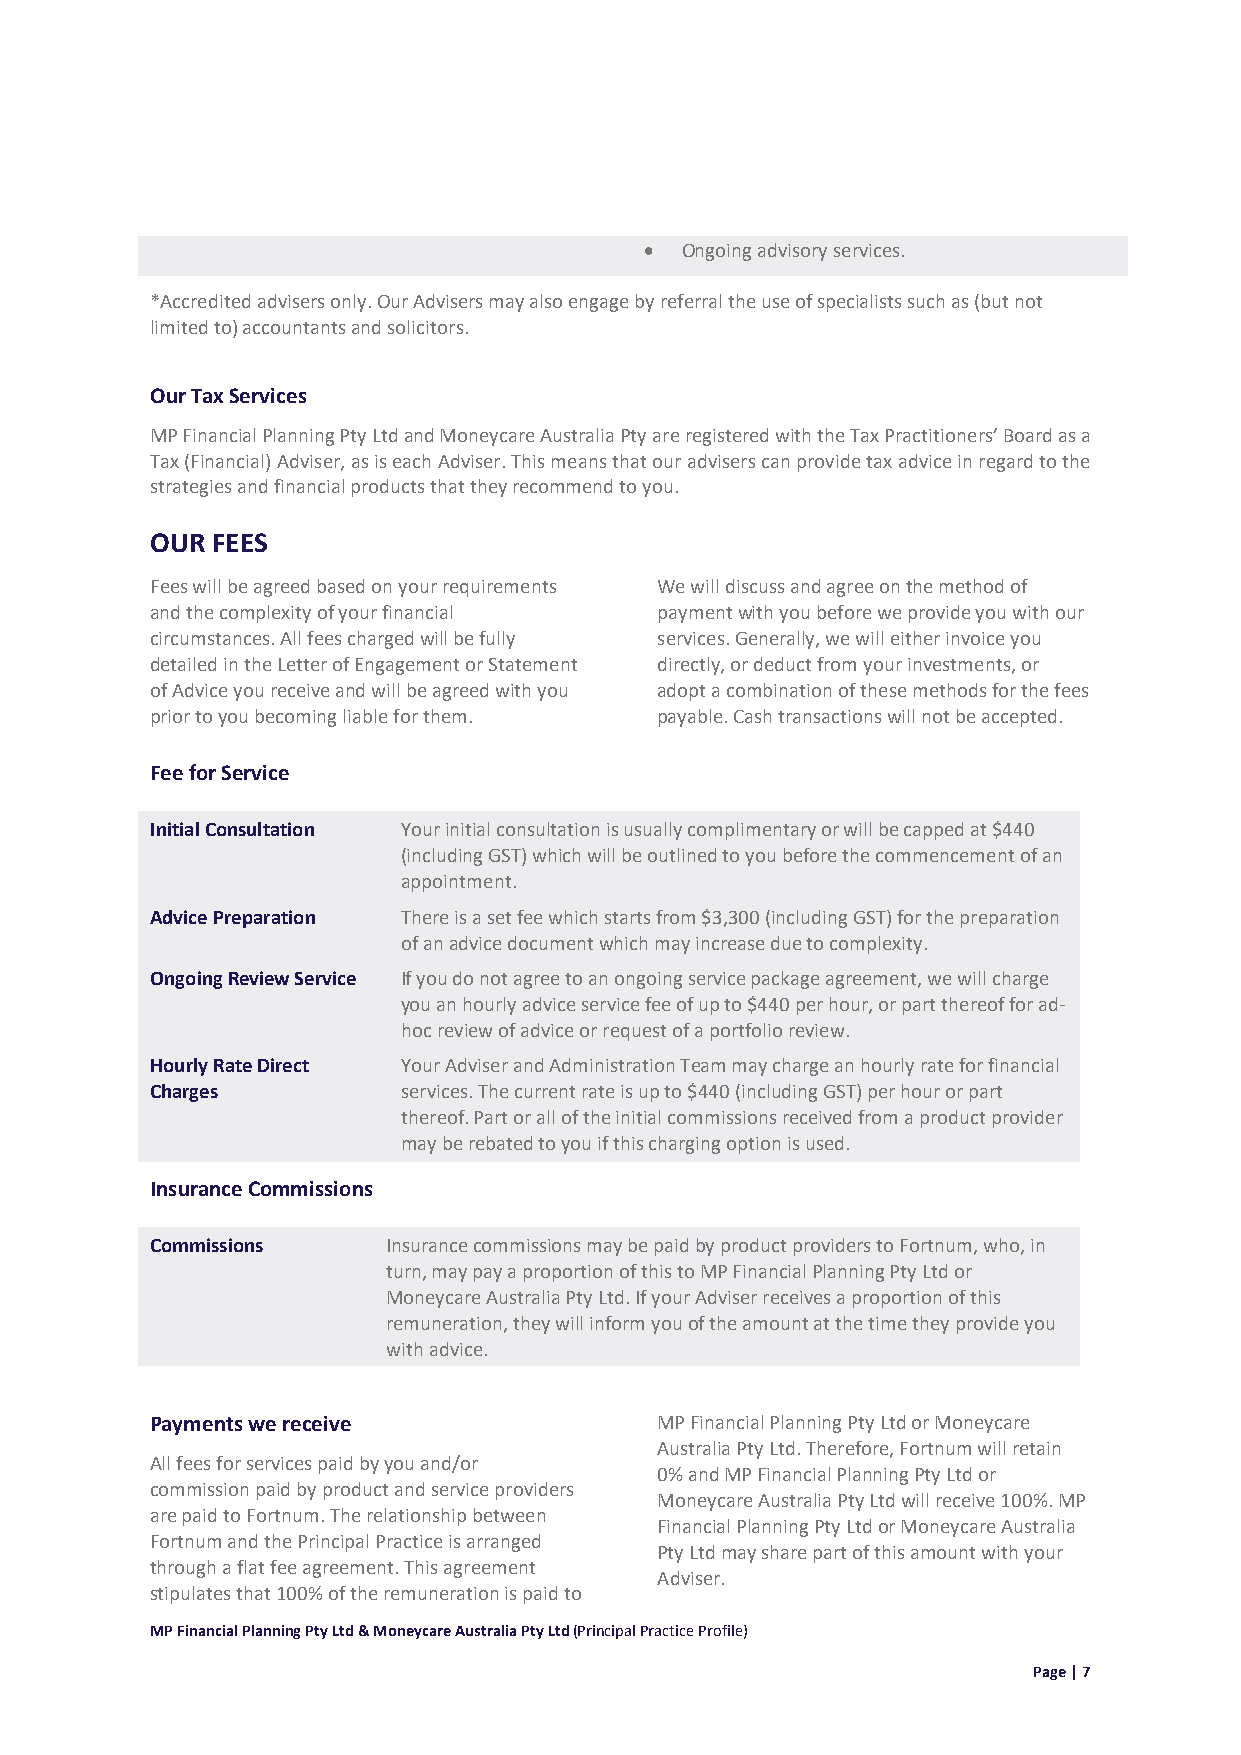
• Ongoing advisory services.
 *Accredited advisers only. Our Advisers may also engage by referral the use of specialists such as (but not
 limited to) accountants and solicitors.
 Our Tax Services
 MP Financial Planning Pty Ltd and Moneycare Australia Pty are registered with the Tax Practitioners’ Board as a
 Tax (Financial) Adviser, as is each Adviser. This means that our advisers can provide tax advice in regard to the
 strategies and financial products that they recommend to you.
 OUR FEES
 Fees will be agreed based on your requirements We will discuss and agree on the method of
 and the complexity of your financial payment with you before we provide you with our
 circumstances. All fees charged will be fully services. Generally, we will either invoice you
 detailed in the Letter of Engagement or Statement directly, or deduct from your investments, or
 of Advice you receive and will be agreed with you adopt a combination of these methods for the fees
 prior to you becoming liable for them. payable. Cash transactions will not be accepted.
 Fee for Service
 Initial Consultation Your initial consultation is usually complimentary or will be capped at $440
 (including GST) which will be outlined to you before the commencement of an
 appointment.
 Advice Preparation There is a set fee which starts from $3,300 (including GST) for the preparation
 of an advice document which may increase due to complexity.
 Ongoing Review Service If you do not agree to an ongoing service package agreement, we will charge
 you an hourly advice service fee of up to $440 per hour, or part thereof for ad-
 hoc review of advice or request of a portfolio review.
 Hourly Rate Direct Your Adviser and Administration Team may charge an hourly rate for financial
 Charges          services. The current rate is up to $440 (including GST) per hour or part
 thereof. Part or all of the initial commissions received from a product provider
 may be rebated to you if this charging option is used.
 Insurance Commissions
 Commissions     Insurance commissions may be paid by product providers to Fortnum, who, in
 turn, may pay a proportion of this to MP Financial Planning Pty Ltd or
 Moneycare Australia Pty Ltd. If your Adviser receives a proportion of this
 remuneration, they will inform you of the amount at the time they provide you
 with advice.
 Payments we receive              MP Financial Planning Pty Ltd or Moneycare
 Australia Pty Ltd. Therefore, Fortnum will retain
 All fees for services paid by you and/or
 0% and MP Financial Planning Pty Ltd or
 commission paid by product and service providers
 Moneycare Australia Pty Ltd will receive 100%. MP
 are paid to Fortnum. The relationship between
 Financial Planning Pty Ltd or Moneycare Australia
 Fortnum and the Principal Practice is arranged
 Pty Ltd may share part of this amount with your
 through a flat fee agreement. This agreement
 Adviser.
 stipulates that 100% of the remuneration is paid to
 MP Financial Planning Pty Ltd & Moneycare Australia Pty Ltd (Principal Practice Profile)
 Page | 7